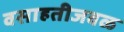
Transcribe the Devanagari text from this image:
वसाहतीजवळ